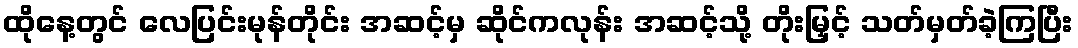
ထိုနေ့တွင် လေပြင်းမုန်တိုင်း အဆင့်မှ ဆိုင်ကလုန်း အဆင့်သို့ တိုးမြှင့် သတ်မှတ်ခဲ့ကြပြီး